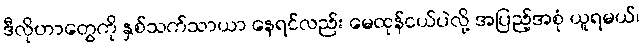
ဒီလိုဟာတွေကို နှစ်သက်သာယာ နေရင်လည်း မေထုန်ငယ်ပဲလို့ အပြည့်အစုံ ယူရမယ်၊